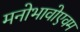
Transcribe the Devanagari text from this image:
मनोभावोएवम